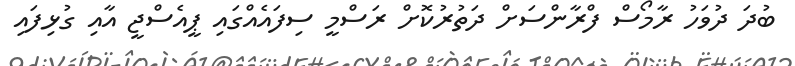
ބުދަ ދުވަހު ރާމޯސް ފްރާންސަށް ދަތުރުކޮށް ރަސްމީ ސިފައެއްގައި ޕީއެސްޖީ އާއި ގުޅިފައި